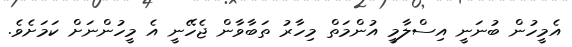
އެމީހުން ބުނަނީ އިސްލާމީ އުންމަތް މިހާރު ތަބާވާން ޖެހޭނީ އެ މީހުންނަށް ކަމަށެވެ.